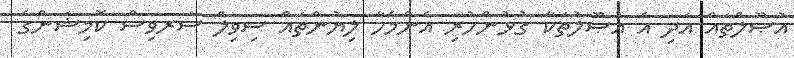
އުޞޫލްތައް އަދި އެ އުޞޫލުތަކާ ގުޅުންހުރި އެންމެހާ ލިޔުންތައް ސިވިލް ސަރވިސް ކޮމިޝަންގެ